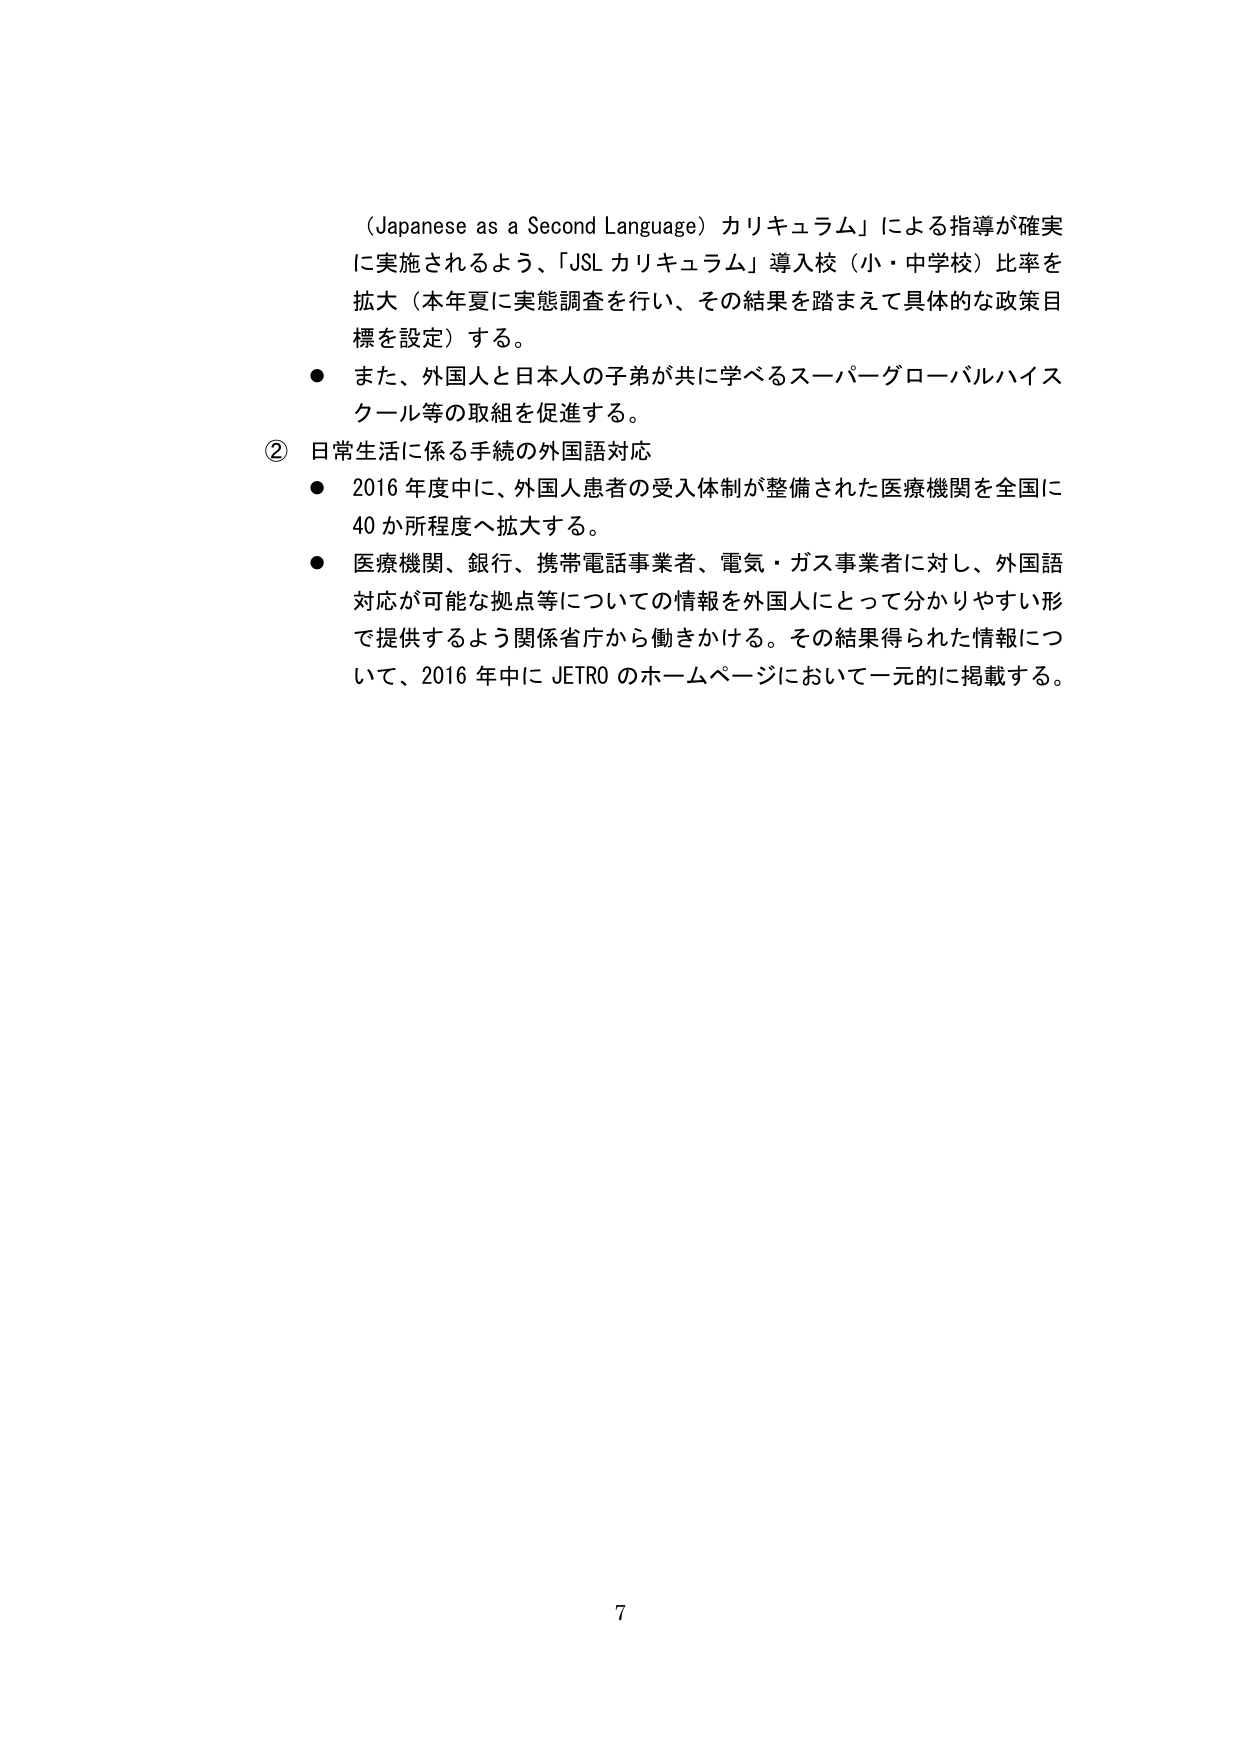
（Japanese as a Second Language）カリキュラム」による指導が確実に実施されるよう、「JSL カリキュラム」導入校（小・中学校）比率を拡大（本年夏に実態調査を行い、その結果を踏まえて具体的な政策目標を設定）する。

● また、外国人と日本人の子弟が共に学べるスーパーグローバルハイスクール等の取組を促進する。

② 日常生活に係る手続の外国語対応

● 2016 年度中に、外国人患者の受入体制が整備された医療機関を全国に 40 か所程度へ拡大する。

● 医療機関、銀行、携帯電話事業者、電気・ガス事業者に対し、外国語対応が可能な拠点等についての情報を外国人にとって分かりやすい形で提供するよう関係省庁から働きかける。その結果得られた情報について、2016 年中に JETRO のホームページにおいて一元的に掲載する。

7